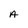
Character: A